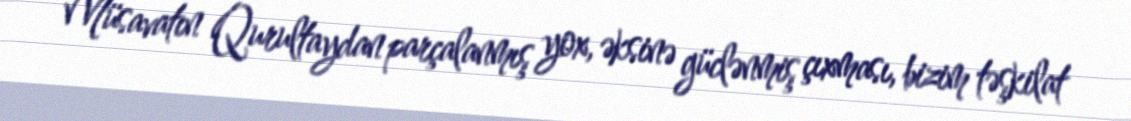
Müsavatın Qurultaydan parçalanmış yox, əksinə güclənmiş çıxması, bizim təşkilat